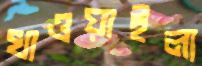
খাওয়াইলা